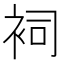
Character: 𧙈